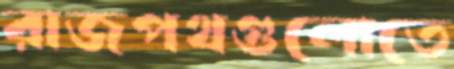
রাজপথগুলোতে